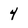
Character: 4